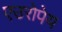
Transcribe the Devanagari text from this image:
एउरोपेय